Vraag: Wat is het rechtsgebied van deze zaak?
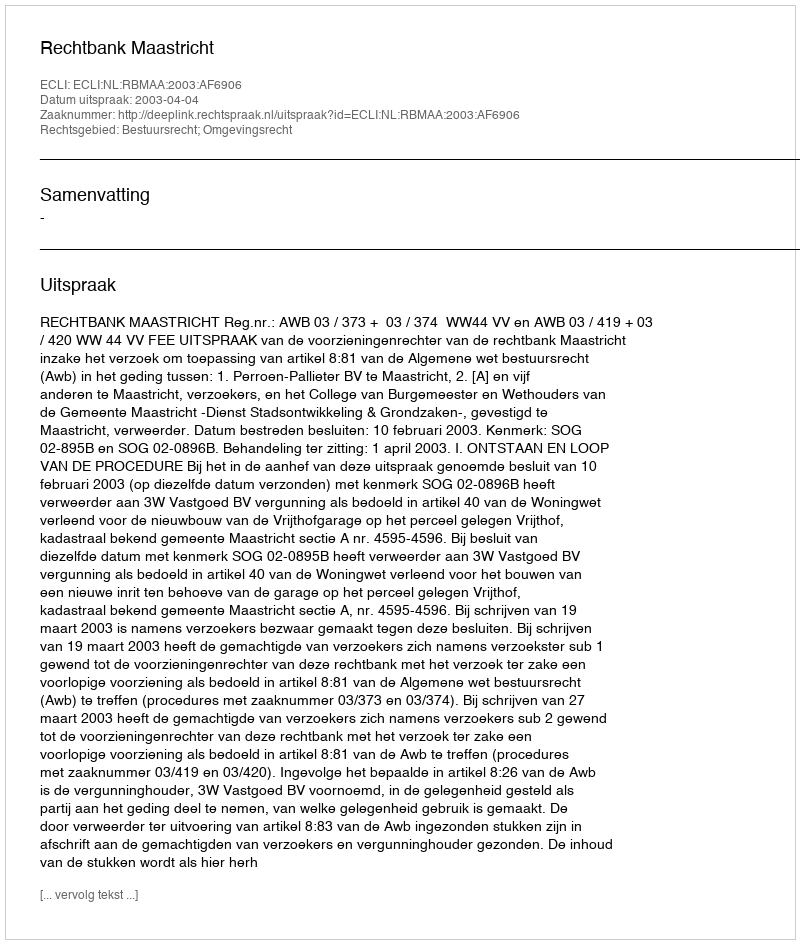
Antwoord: Bestuursrecht; Omgevingsrecht